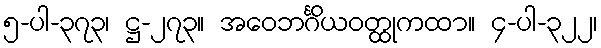
၅-ပါ-၃၇၃၊ ဋ္ဌ-၂၇၃။ အဝေဘင်္ဂိယဝတ္ထုကထာ။ ၄-ပါ-၃၂၂၊